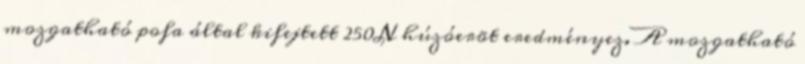
mozgatható pofa által kifejtett 250N húzóerõt eredményez. A mozgatható